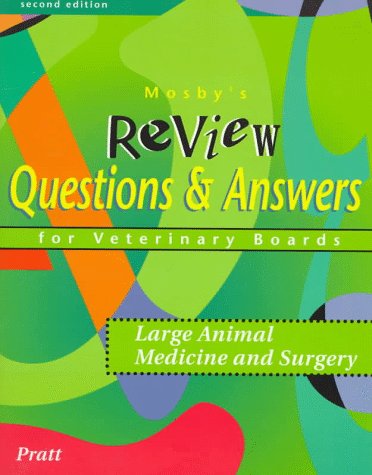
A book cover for Mosby's Review Questions & Answers For Veterinary Boards: Large Animal Medicine & Surgery, 2e; Paul Pratt VMD; Medical Books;